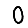
Digit: 0